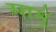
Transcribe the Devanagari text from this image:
मामूं